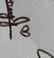
Signature authenticity: genuine